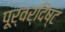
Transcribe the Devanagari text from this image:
पूर्वर्दिष्ट